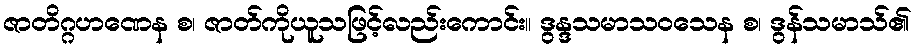
ဇာတိဂ္ဂဟဏေန စ၊ ဇာတ်ကိုယူသဖြင့်လည်းကောင်း။ ဒွန္ဒသမာသဝသေန စ၊ ဒွန်သမာသ်၏